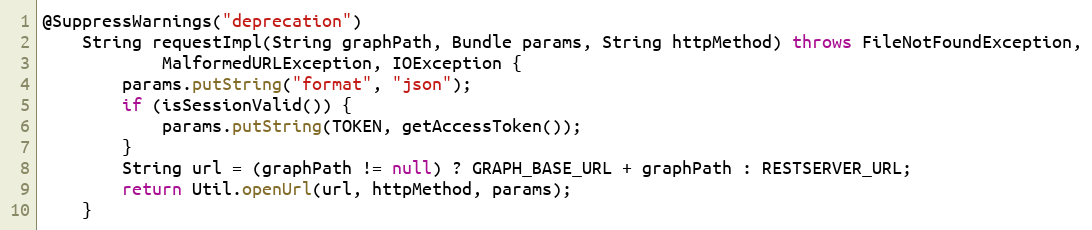
Language: Java
@SuppressWarnings("deprecation")
    String requestImpl(String graphPath, Bundle params, String httpMethod) throws FileNotFoundException,
            MalformedURLException, IOException {
        params.putString("format", "json");
        if (isSessionValid()) {
            params.putString(TOKEN, getAccessToken());
        }
        String url = (graphPath != null) ? GRAPH_BASE_URL + graphPath : RESTSERVER_URL;
        return Util.openUrl(url, httpMethod, params);
    }